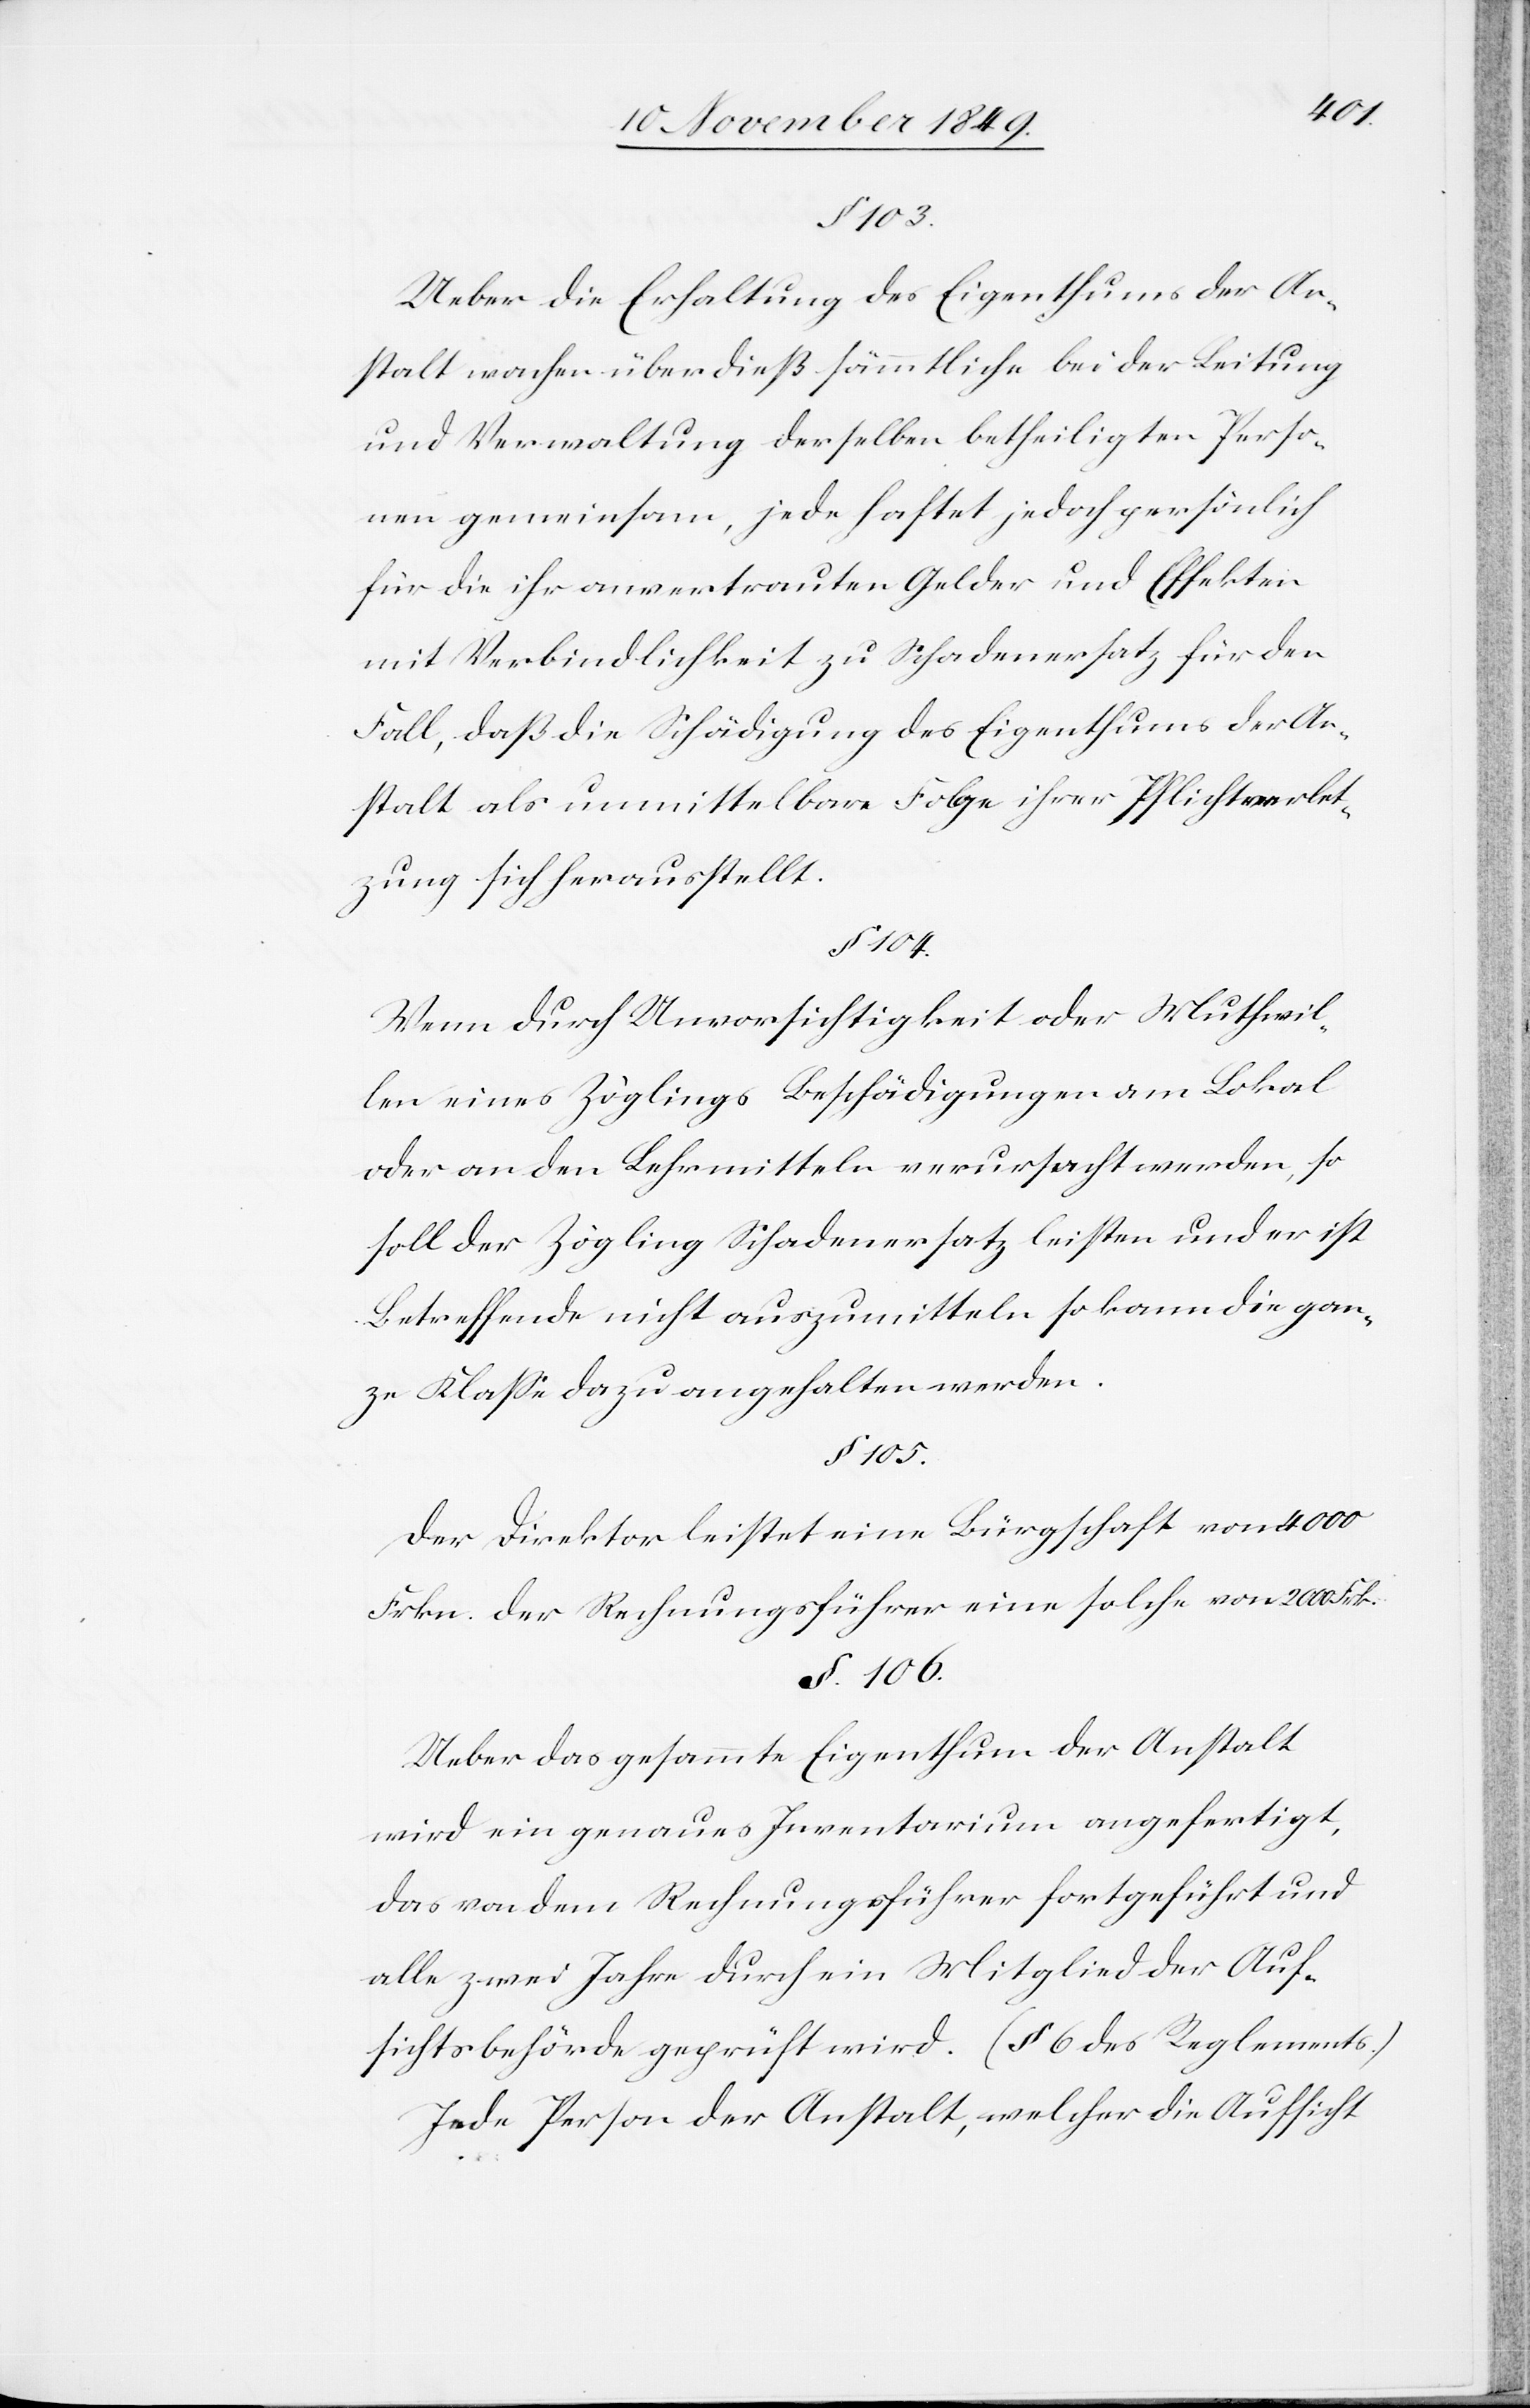
§ 105.
Ueber die Erhaltung des Eigenthums der An¬
stalt wachen überdieß sämmtliche bei der Leitung
und Verwaltung derselben betheiligten Perso¬
nen gemeinsam, jede haftet jedoch persönlich
für die ihr anvertrauten Gelder und Effekten
mit Verbindlichkeit zu Schadenersatz für den
Fall, daß die Schädigung des Eigenthums der An¬
stalt als unmittelbare Folge ihrer Pflichtverlet¬
zung sich herausstellt.
Wenn durch Unvorsichtigkeit oder Muthwil¬
len eines Zöglings Beschädigungen am Lokal
oder an den Lehrmitteln verursacht werden, so
soll der Zögling Schadenersatz leisten und er ist
Betreffende nicht auszumitteln so kann die gan¬
ze Klaße dazu angehalten werden.
Der Direktor leistet eine Bürgschaft von 4000
Frkn. der Rechnungsführer eine solche von 2000 Frk.
§ 106.
Ueber das gesammte Eigenthum der Anstalt
wird ein genaues Inventarium angefertigt,
das von dem Rechnungsführer fortgeführt und
alle zwei Jahre durch ein Mitglied der Auf¬
sichtsbehörde geprüft wird. (§ 6 des Reglements.)
Jede Person der Anstalt, welcher die Aufsicht